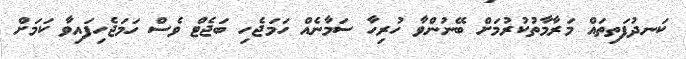
ކަނދުފަތިތައް މަރާމާތުކުރުމަށް ބޭނުންވާ ހުރިހާ ސަމާނެއް ހަމަޖެހި ބަޖެޓް ވެސް ހަމަޖެހިފައިވާ ކަމަށް